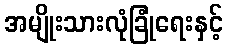
အမျိုးသားလုံခြုံရေးနှင့်